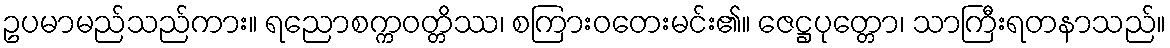
ဥပမာမည်သည်ကား။ ရညောစက္ကဝတ္တိဿ၊ စကြားဝတေးမင်း၏။ ဇေဋ္ဌပုတ္တော၊ သာကြီးရတနာသည်။